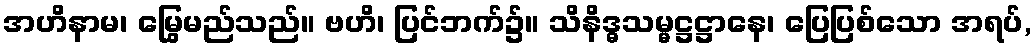
အဟိနာမ၊ မြွေမည်သည်။ ဗဟိ၊ ပြင်ဘက်၌။ သိနိဒ္ဓသမ္မဋ္ဌဋ္ဌာနေ၊ ပြေပြစ်သော အရပ်,